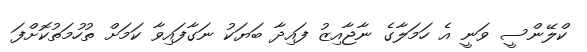
ކްލޭންސީ ވަނީ އެ ހަމަލާގެ ނާޖާއިޒު ފައިދާ ބަޔަކު ނަގާފައިވާ ކަމަށް ތުހުމަތުކޮށްފަ